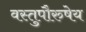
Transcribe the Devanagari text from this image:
वस्तुपौरुषेय